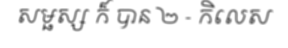
សម្ផស្ស ក៏ បាន ២ - កិលេស